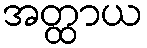
အတ္ထာယ